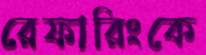
রেফারিংকে